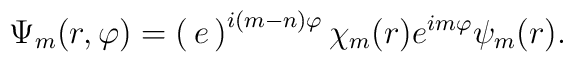
\Psi_m(r,\varphi)= \begin{pmatrix} e^{i(m-n)\varphi}\chi_m(r)\\[2mm]e^{im\varphi}\psi_m(r) \end{pmatrix}.